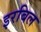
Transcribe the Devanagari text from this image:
इरबिल